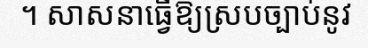
។ សាសនាធ្វើឱ្យស្របច្បាប់នូវ